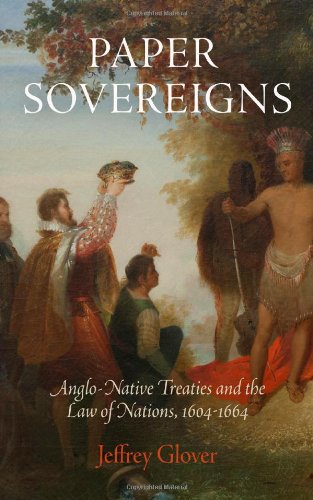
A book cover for Paper Sovereigns: Anglo-Native Treaties and the Law of Nations, 1604-1664; Jeffrey Glover; Law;